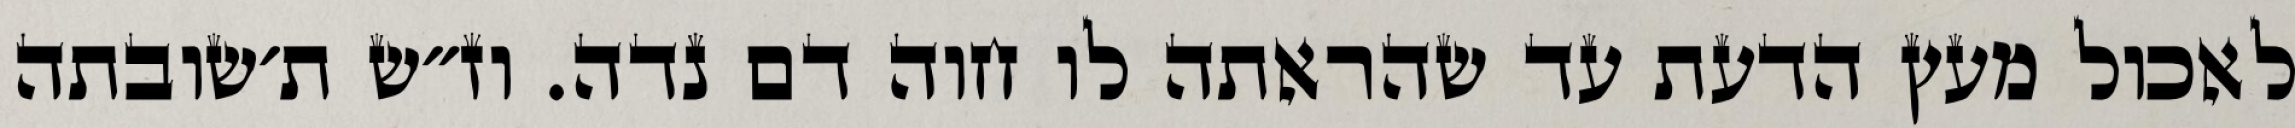
לאכול מעץ הדעת עד שהראתה לו חוה דם נדה. וז״ש ת׳שובתה